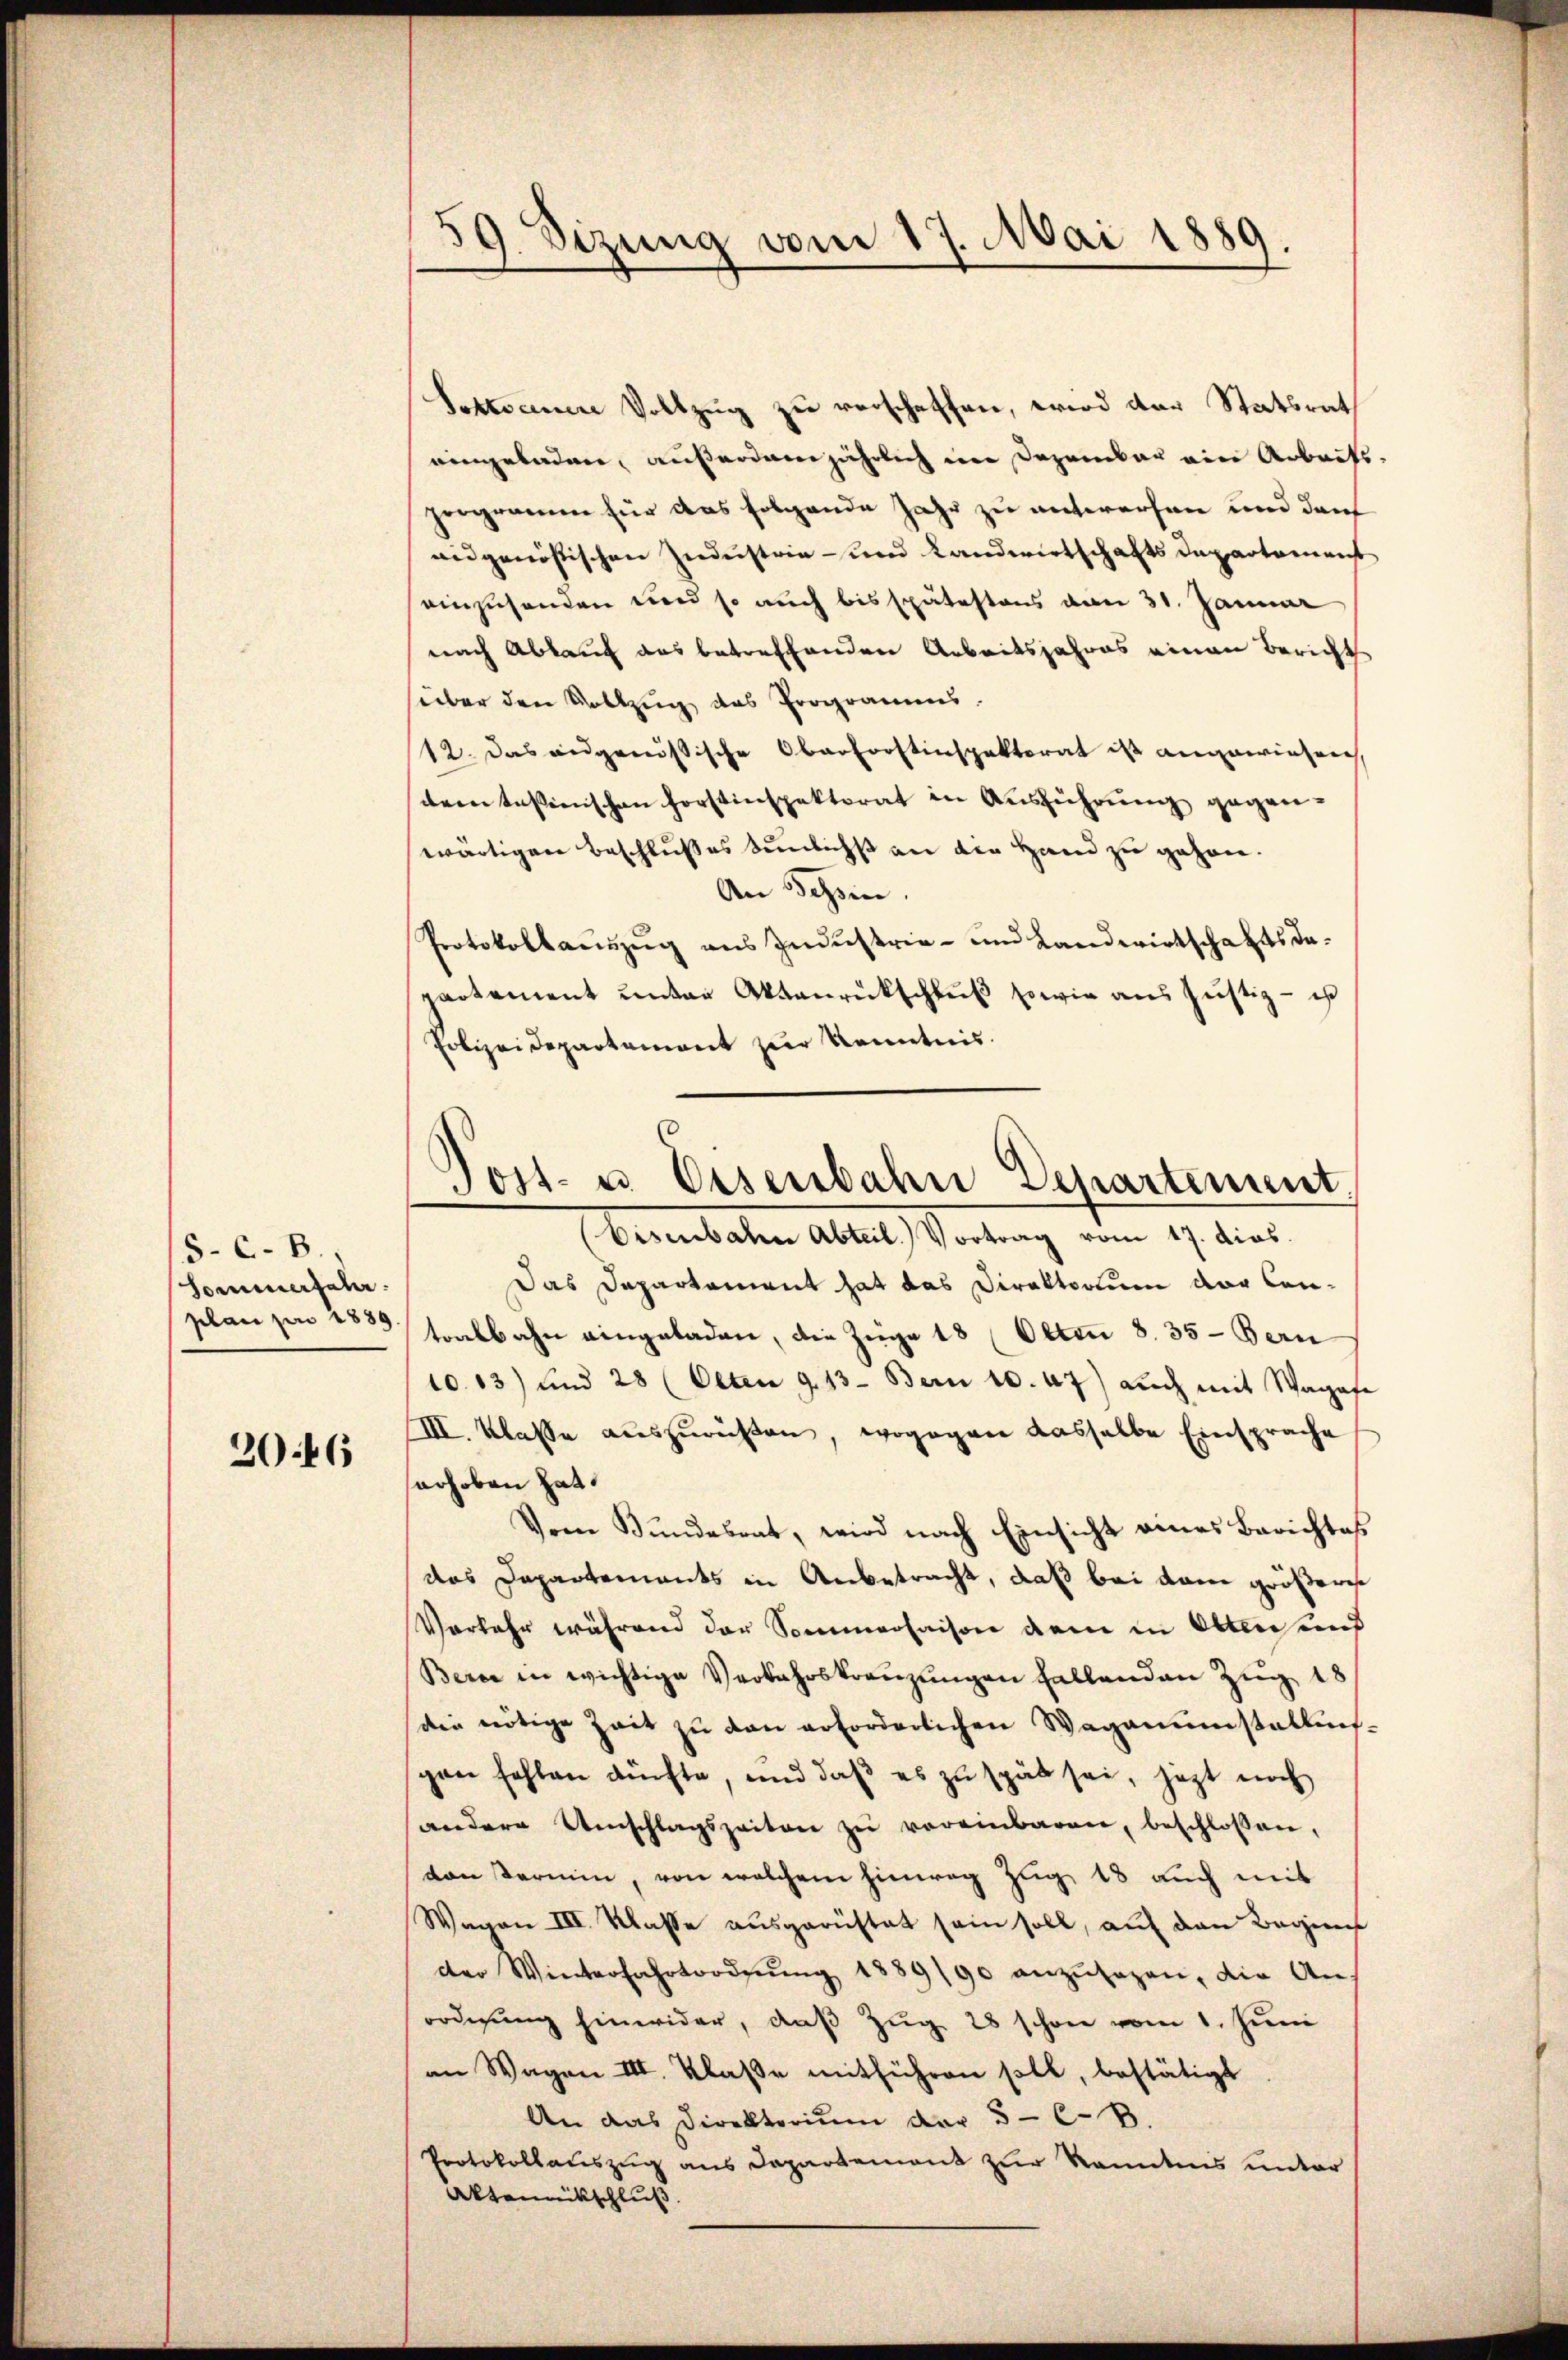
5.C.B.,
Sommerfahr

2046

Sostseine Vollzug zu verschaffen, wird der Statsrath
eingeladen, außerdem jährlich im Dezember ein Arbeitshergramm für das folgende Jahr zu entwerfen und den
aidgenössischen Zuderstrie- und Landwirtschafts Departamenst
einzusenden und so auch bis spätestens von 31. Januar
nach Abkauf das betreffenden Arbeitsjahres einen Bericht
süber den Vollzug das Programms.
12. Das angenössische Oberforstinspektorat ist angewiesen,
dem tessinischen Forstinspektorat in Aŭsführŭng gegen-
wärtigen Beschlußes Senlichs an die Hand zu gehen.
An Schin.
Protokollauszug aus Industrie- und Landwirtschafts da-
partement unter Aktenrückschluß sowie aus Justiz - ist
Polizeidepartement zur Kenntnis.

59. Sizung vom 17. Mai 1889.

Post- u. Eisenbahn Departement.

(Eisenbaten Abteil) Vortrag vom 17. dies
Das Departement hat das Direktorium der Conplan pro 1889 sorbbahn eingeladen, die Züge 18 (Olten 8. 35 - Bern
10.13) und 28 (Olten 9. 13. Bern 10. 47) aŭch mit Wagase
III. Klasse auszurichten, wogegen dasselbe Einsprache
erhoben hat.
Vom Bundesrat, wird nach Einsicht eines Berichtes
das Departements in Anbetracht, daß bei dem größere
Vorkehr während der Sommerhaison dem in Ablen und
Berne in wichtige Verbahrskreuzungen fallenden Zug 18
die nötige Zeit zŭ den erforderlichen Waganŭmstallun-
spon fehlen dürfte, und daβ es zu spät sei, jezt noch
andere Umschlagszeiten zu vereinbaren, beschlossen,
von Termin, von welchem hinweg Zug 18 auch mit
Wagen III. Klasse ausgerüstet sein soll, auf den Beginn
der Winterfahrtordnŭng 1889/90 anzŭsagen, die Ans
ordnŭng hinwider, daβ Zŭg 28 schon vom 1. Jŭni
an Wagen III. Klaße mitführen soll, bestätigt
An das Direktorium der 5 - C. B
Protokollauszug aus Departement zur kanntens unter
Aktenrückschluß